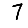
Digit: 7